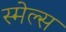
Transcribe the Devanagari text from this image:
स्‍मेल्‍स